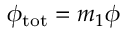
\phi _ { \mathrm { { t o t } } } = m _ { 1 } \phi